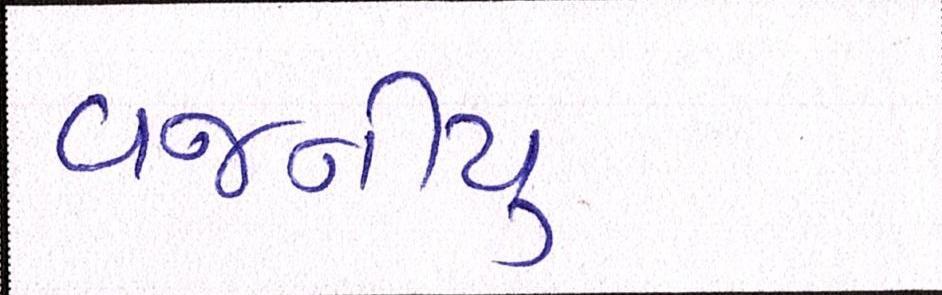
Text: વજનીયુ